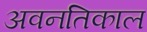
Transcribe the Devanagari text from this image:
अवनतिकाल